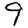
Digit: 9